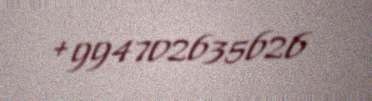
+994702635626